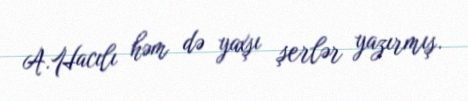
A.Hacılı həm də yaxşı şerlər yazırmış.